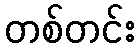
တစ်တင်း